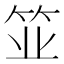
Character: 𫁺